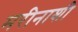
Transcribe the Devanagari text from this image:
मरीनाशी